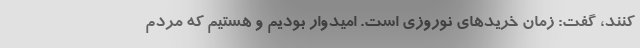
کنند، گفت: زمان خریدهای نوروزی است. امیدوار بودیم و هستیم که مردم